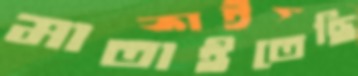
মাতাইতেছি